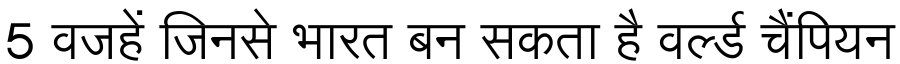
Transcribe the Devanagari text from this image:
5 वजहें जिनसे भारत बन सकता है वर्ल्ड चैंपियन